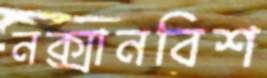
নক্সানবিশ